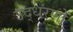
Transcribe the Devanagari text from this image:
उद्‍धरणों